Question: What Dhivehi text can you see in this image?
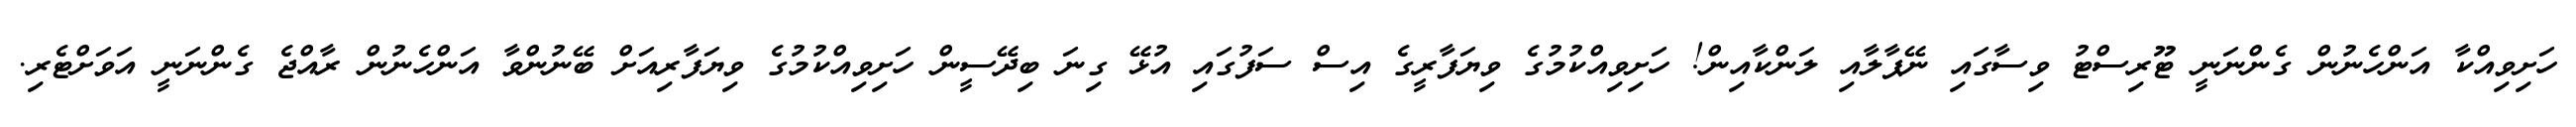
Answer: ހަށިވިއްކާ އަންހެނުން ގެންނަނީ ޓޫރިސްޓު ވިސާގައި ނޭޕާލާއި ލަންކާއިން! ހަށިވިއްކުމުގެ ވިޔަފާރީގެ އިސް ސަފުގައި އުޅޭ ގިނަ ބިދޭސީން ހަށިވިއްކުމުގެ ވިޔަފާރިއަށް ބޭނުންވާ އަންހެނުން ރާއްޖެ ގެންނަނީ އަވަށްޓެރި.